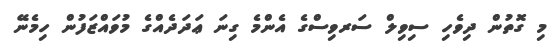
މި ގޮތުން ދިވެހި ސިވިލް ސަރވިސްގެ އެންމެ ގިނަ ޢަދަދެއްގެ މުވައްޒަފުން ހިމެނޭ